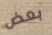
بعض